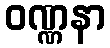
ဝဏ္ဏနာ